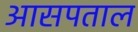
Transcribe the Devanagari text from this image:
आसपताल